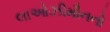
લાઓઝીમૌનનો